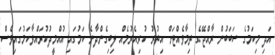
އަދި މިކަމުގެ ސަބަބުން ރާއްޖޭގެ ތިމާވެއްޓަށް އިތުރު ކުރިއެރުމެއް ލިބިގެންދާނެ ކަމުގައި އުއްމީދުކުރައްވާކަމުގައިވެސް